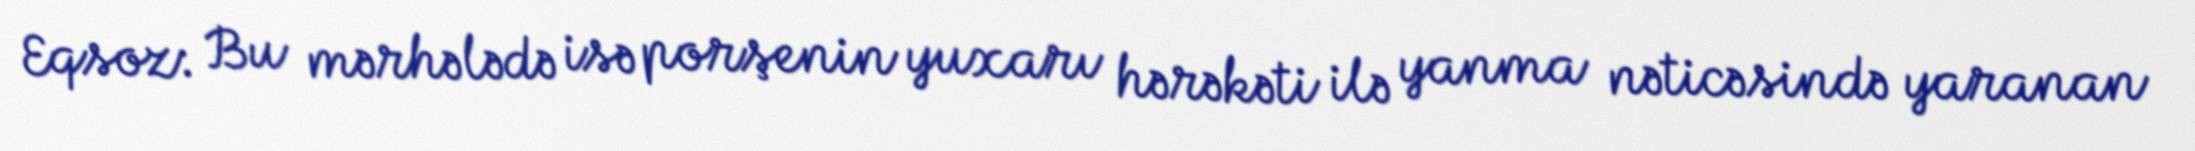
Eqsoz: Bu mərhələdə isə porşenin yuxarı hərəkəti ilə yanma nəticəsində yaranan